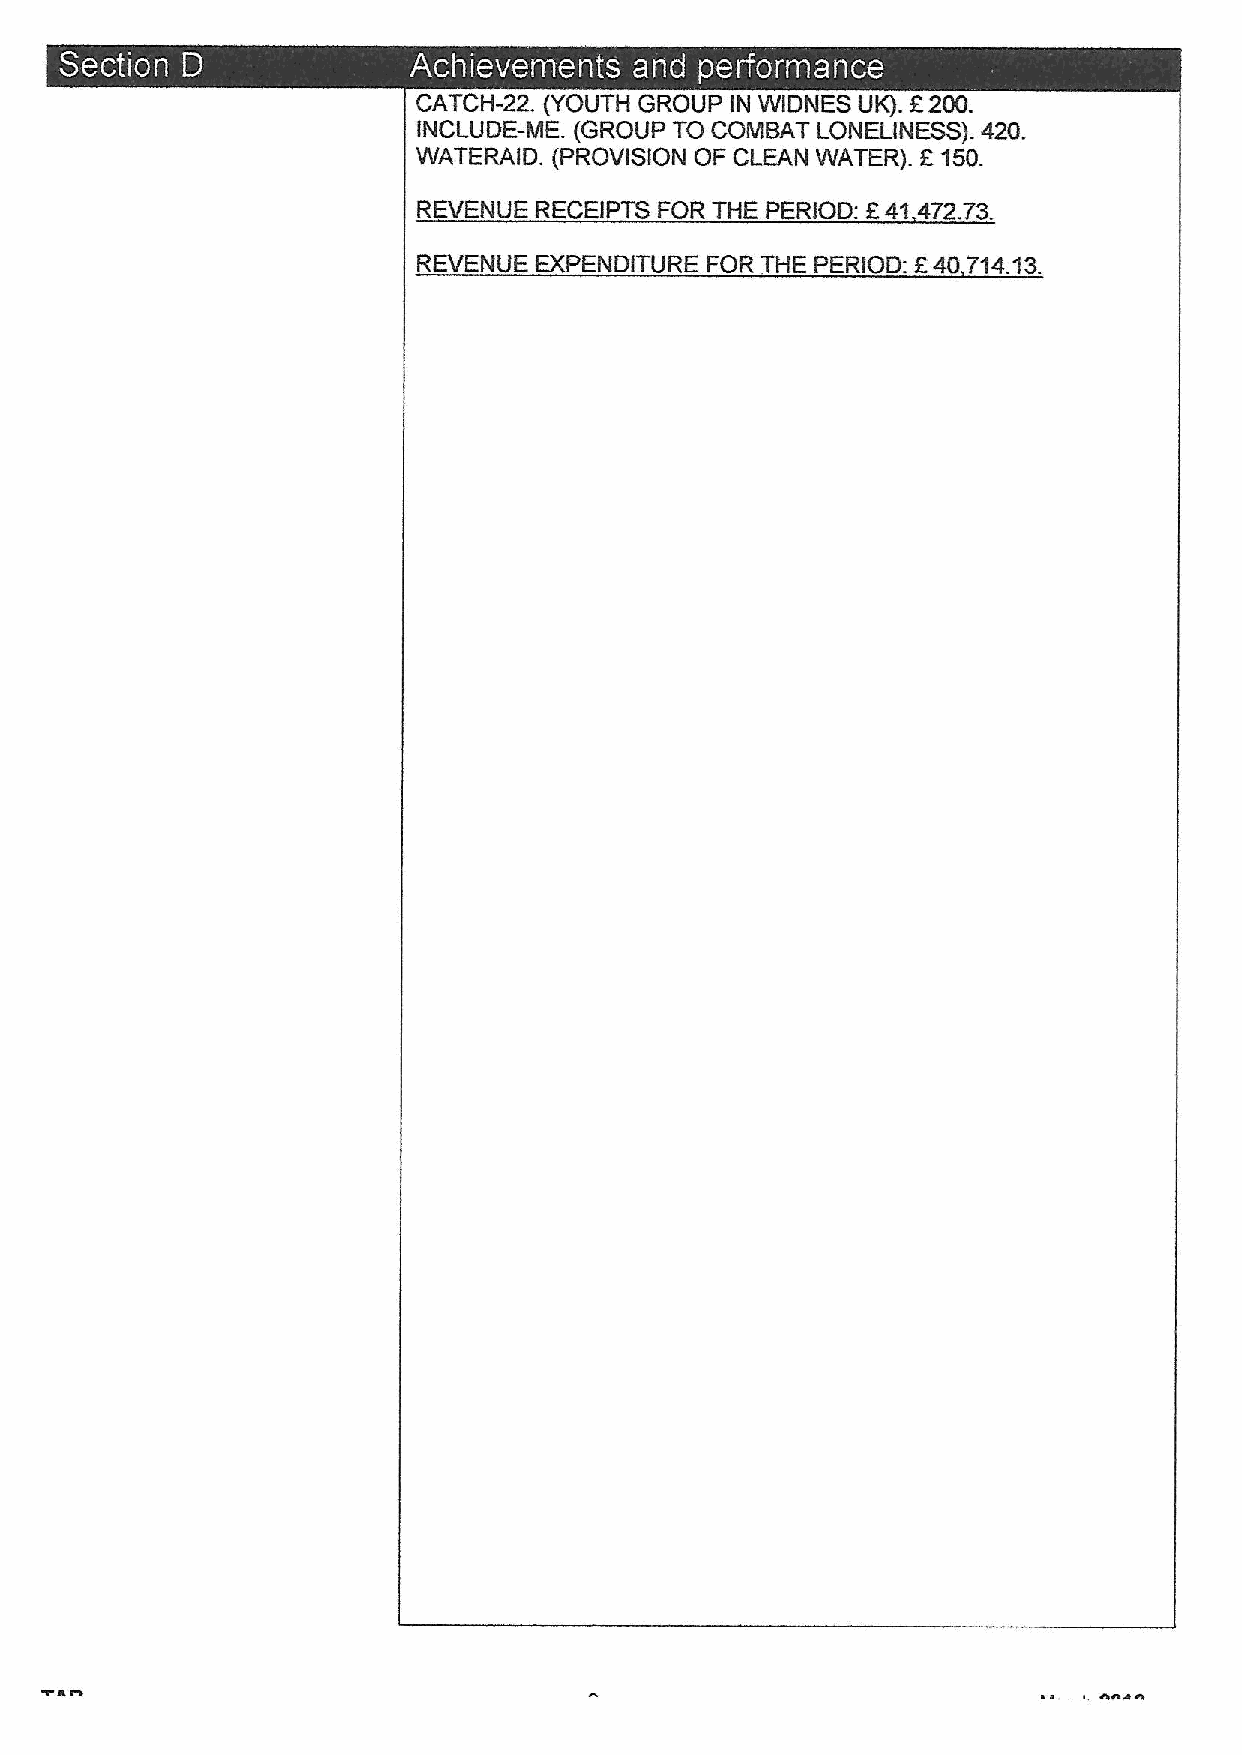
~ 0   ~
 f
 CATCH-22. (YOUTH GROUP IN WIDNES UK). 200.
 INCLUDE-ME. (GROUP TO COMBAT LONELINESS). 420.
 WATERAID. (PROVISION OF CLEAN WATER). F150.
 f
 REVENUE RECEIPTS FOR THE PERIOD: 41 472.73
 REVENUE EXPENDITURE FOR THE PERIOD: F40?'I4 13